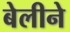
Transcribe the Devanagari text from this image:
बेलीने